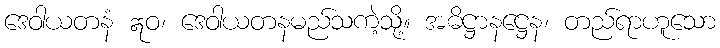
ဒေဝါယတနံ ဣဝ၊ ဒေဝါယတနမည်သကဲ့သို့။ အဓိဋ္ဌာနဋ္ဌေန၊ တည်ရာဟူသော